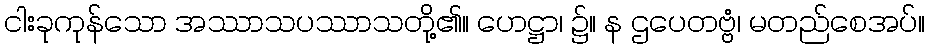
ငါးခုကုန်သော အဿာသပဿာသတို့၏။ ဟေဋ္ဌာ၊ ၌။ န ဌပေတဗ္ဗံ၊ မတည်စေအပ်။